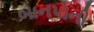
બાનપોની